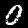
Digit: 0